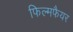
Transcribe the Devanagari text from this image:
फिल्मफैयर